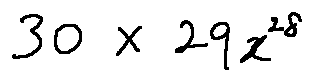
3 0 \times 2 9 x ^ { 2 8 }